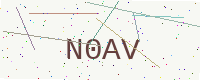
Text: N0AV